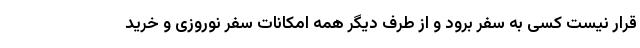
قرار نیست کسی به سفر برود و از طرف دیگر همه امکانات سفر نوروزی و خرید